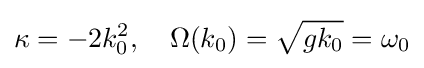
\kappa =-2k_{0}^{2},\quad \Omega (k_{0})={\sqrt {gk_{0}}}=\omega _{0}\,\!